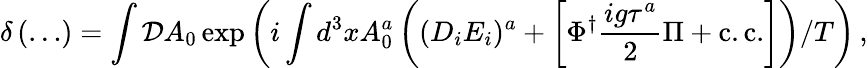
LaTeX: \delta\left(\ldots\right)=\int{\cal D}A_{0}\exp\left(i\int d^{3}xA_{0}^{a}\left((D_{i}E_{i})^{a}+\left[\Phi^{\dagger}\frac{ig\tau^{a}}{2}\Pi+\mathrm{c.c.}\right]\right)/T\right)\, ,